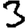
Digit: 3